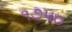
૧૭૫૦